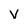
Character: v